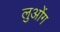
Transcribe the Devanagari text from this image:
लुओंग